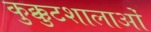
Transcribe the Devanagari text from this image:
कुक्कुटशालाओं